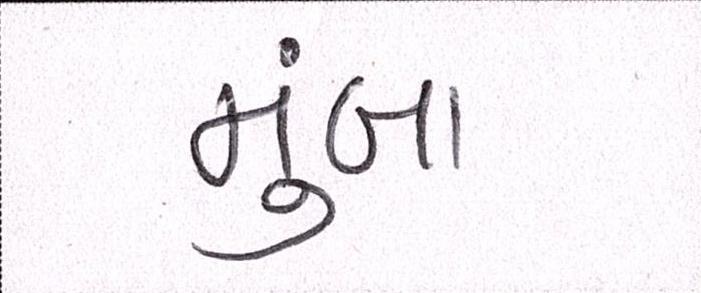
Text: મુંબા